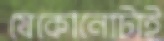
যেকোনোটাই